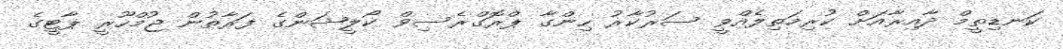
ކަނޑިތީމް ދާއިރާއަށް ކުރިމަތިލެއްވީ ސަރުކާރު ހިންގާ ޕްރޮގްރެސިވް ކޯލީޝަންގެ ފަރާތުން ޖުމްހޫރީ ޕާޓީގެ